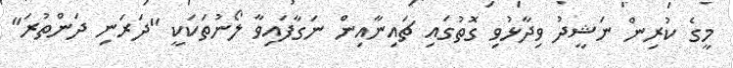
މީގެ ކުރިން ނަޝީދު ވިދާޅުވި ގޮތުގައި ޗައިނާއިން ނަގާފައިވާ ލޯނުތަކަކީ "ދަރަނި ދަންތުރަ"